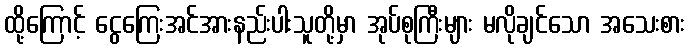
ထို့ကြောင့် ငွေကြေးအင်အားနည်းပါးသူတို့မှာ အုပ်စုကြီးများ မလိုချင်သော အသေးစား